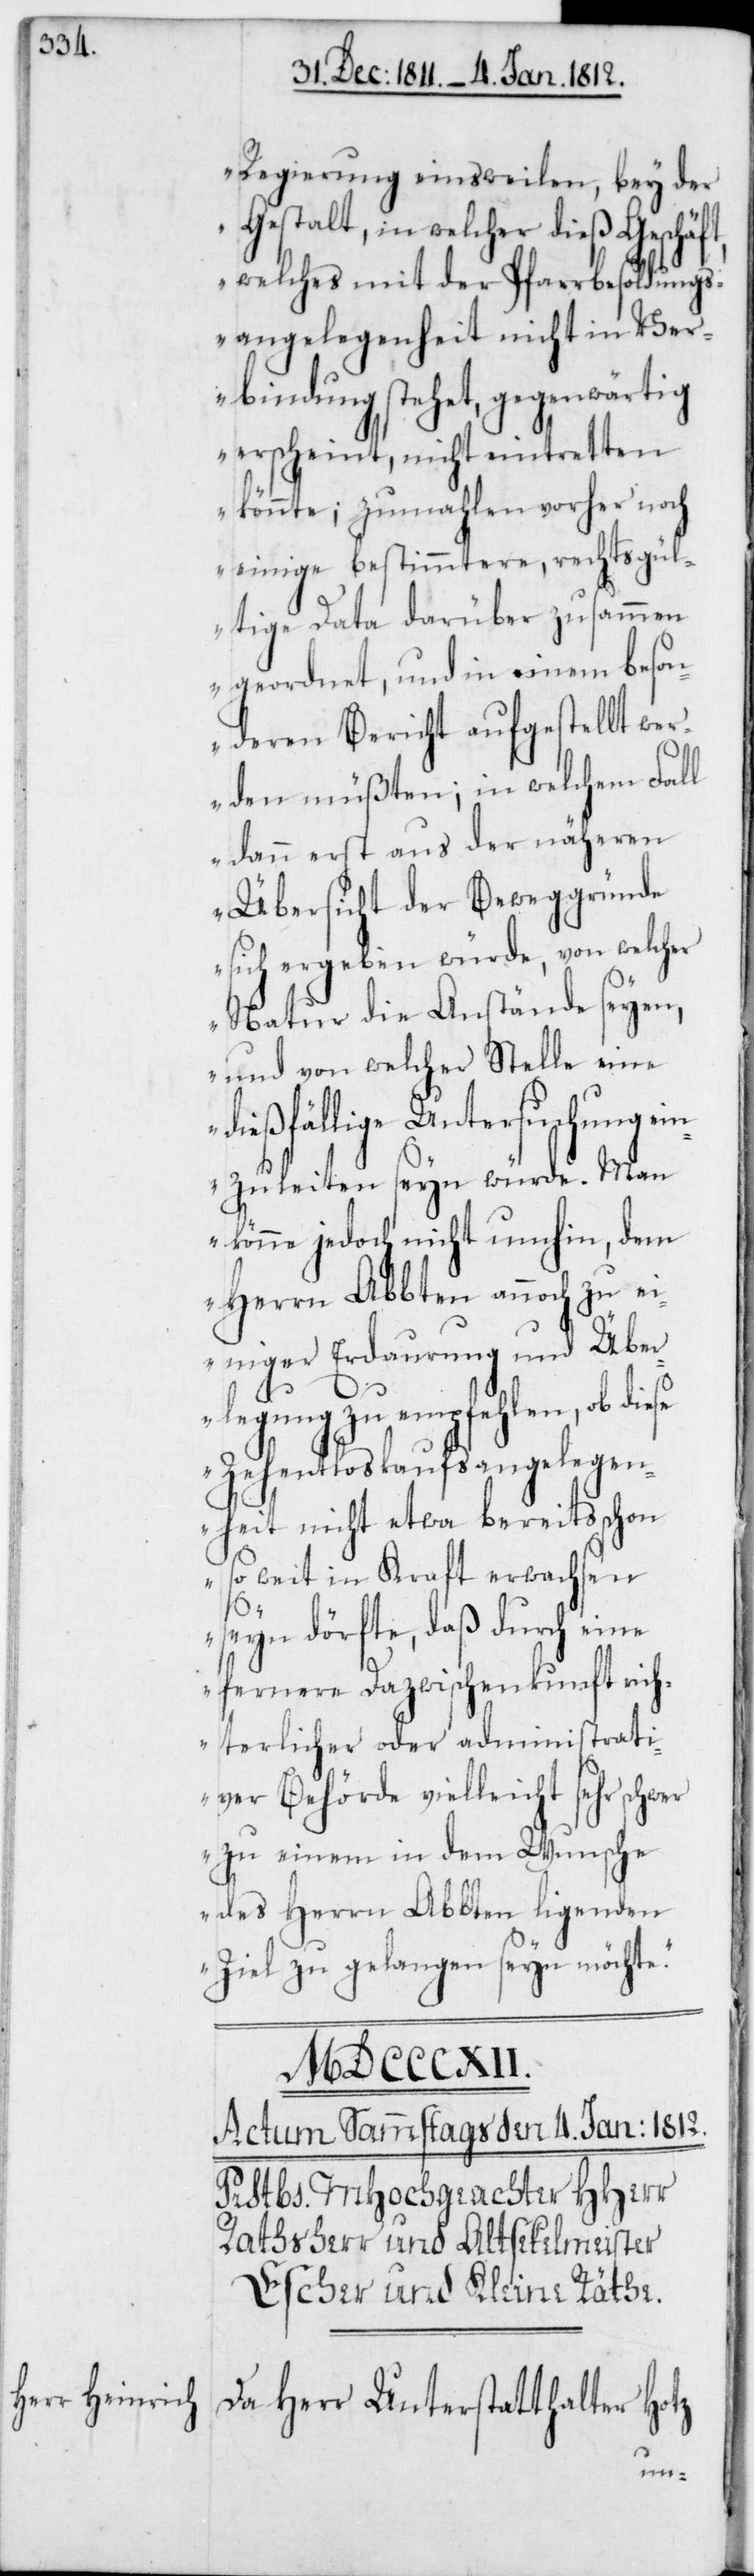
Regierung einstweilen, bey der
Gestalt, in welcher dieß Geschäft,
welches mit der Pfarrbesoldungs¬
angelegenheit nicht in Ver¬
bindung stehet, gegenwärtig
erscheint, nicht eintretten
könnte; zumahlen vorher noch
einige bestimmtere, rechtsgül¬
tige Data darüber zusammen
geordnet, und in einem beson¬
deren Bericht aufgestellt wer¬
den müßten; in welchem Fall
dann erst aus der näheren
Übersicht der Beweggründe
sich ergeben würde, von welcher
Natur die Anstände seyen,
und von welcher Stelle eine
ießfällige Untersuchung e¬
zuleiten seyn würde. Man
könne jedoch nicht umhin, dem
Herrn Abbten annoch zu ei¬
niger Erdaurung und Über¬
legung zu empfehlen, ob diese
Zehentloskaufsangelegen¬
heit nicht etwa bereits schon
so weit in Kraft erwachsen
d¬
seyn dörfte, daß durch eine
fernere Dazwischenkunft rich¬
terlicher oder administrati¬
ver Behörde vielleicht sehr schwer
zu einem in dem Wunsche
des Herrn Abbten ligenden
Ziel zu gelangen seyn möchte.“
Da Herr Unterstatthalter Hotz
in¬